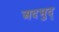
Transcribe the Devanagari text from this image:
अदभुद्